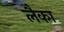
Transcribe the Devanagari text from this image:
लैका